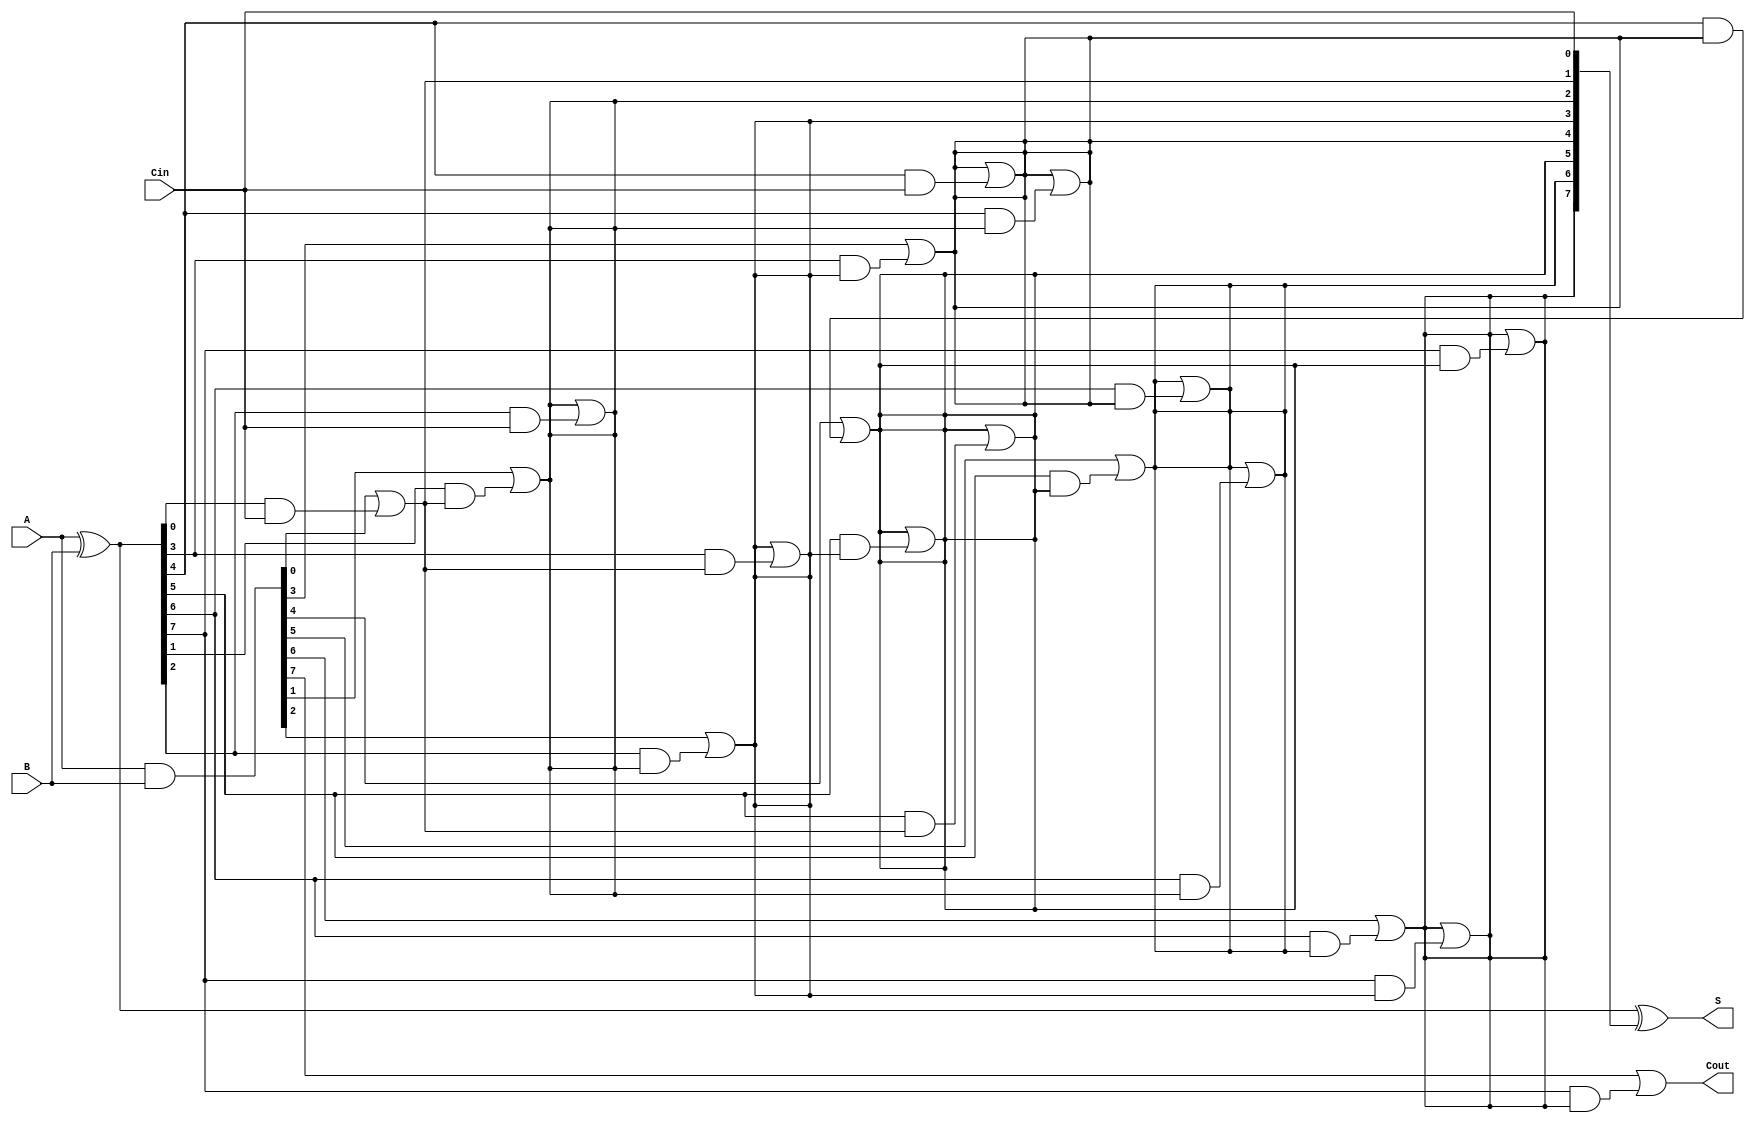
module KoggeStoneAdder #(parameter n = 8) (
    input [n-1:0] A,
    input [n-1:0] B,
    input Cin,
    output [n-1:0] S,
    output Cout
);
    // Generate and Propagate signals
    wire [n-1:0] G; // Generate
    wire [n-1:0] P; // Propagate
    wire [n:0] C;   // Carry signals

    // Generate and Propagate calculations
    assign G = A & B;          // G[i] = A[i] & B[i]
    assign P = A ^ B;          // P[i] = A[i] ^ B[i]
    
    // Carry initialization
    assign C[0] = Cin;         // C[0] = Cin

    // Kogge-Stone Carry Generation
    genvar i, j;
    generate
        // Stage 1
        for (i = 0; i < n; i = i + 1) begin: stage1
            if (i == 0) begin
                assign C[i + 1] = G[i] | (P[i] & C[0]); // C[1] from C[0]
            end else begin
                assign C[i + 1] = G[i] | (P[i] & C[i]); // C[i + 1] from C[i]
            end
        end
        
        // Additional stages for Kogge-Stone
        for (j = 1; j < n; j = j + 1) begin: stages
            for (i = 0; i < n; i = i + 1) begin: carry_gen
                if (i >= (1 << j)) begin
                    assign C[i] = C[i] | (P[i] & C[i - (1 << j)]); // Carry propagation
                end
            end
        end
    endgenerate

    // Sum calculation
    assign S = P ^ C[n-1:0]; // S[i] = P[i] ^ C[i]

    // Carry out
    assign Cout = C[n];       // Cout = C[n]

endmodule